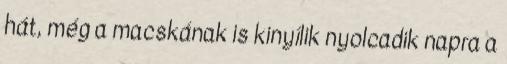
hát, még a macskának is kinyílik nyolcadik napra a